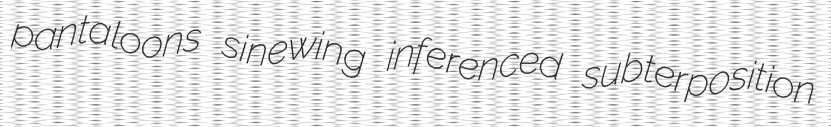
pantaloons sinewing inferenced subterposition